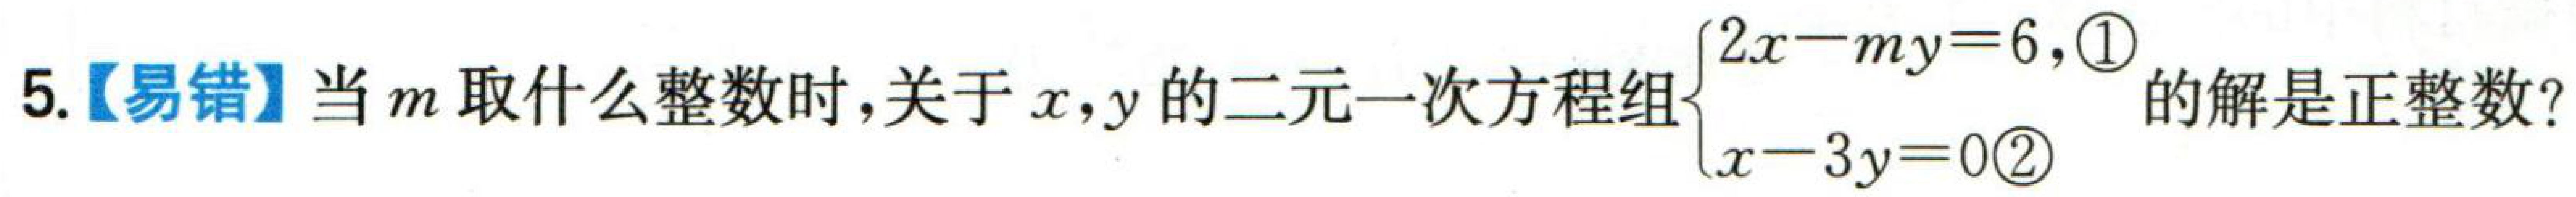
5.【易错】当\(m\)取什么整数时，关于\(x,y\)的二元一次方程组\(\begin{cases}2x - my = 6,\textcircled{1}\\x - 3y = 0\textcircled{2}\end{cases}\)的解是正整数？